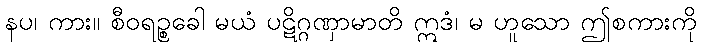
နပ၊ ကား။ စီဝရဉ္စခေါ မယံ ပဋိဂ္ဂဏှာမာတိ ဣဒံ၊ မ ဟူသော ဤစကားကို